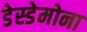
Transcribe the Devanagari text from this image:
डेस्डेमोना